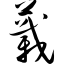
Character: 蕺